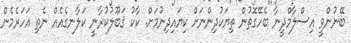
ބޭނުންވީ އިސްލާމްދީނާ ބެހޭގޮތުން ތިޔަކުދިންނަށް ކިޔައިދިނުމަށް. ކާކު ޤަބޫލުކުރާނީ ކަލާނގެއެއް ނެތި އަހަރެމެން